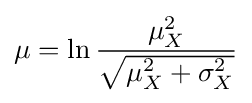
\mu =\ln {\frac {\mu _{X}^{2}}{\sqrt {\mu _{X}^{2}+\sigma _{X}^{2}}}}